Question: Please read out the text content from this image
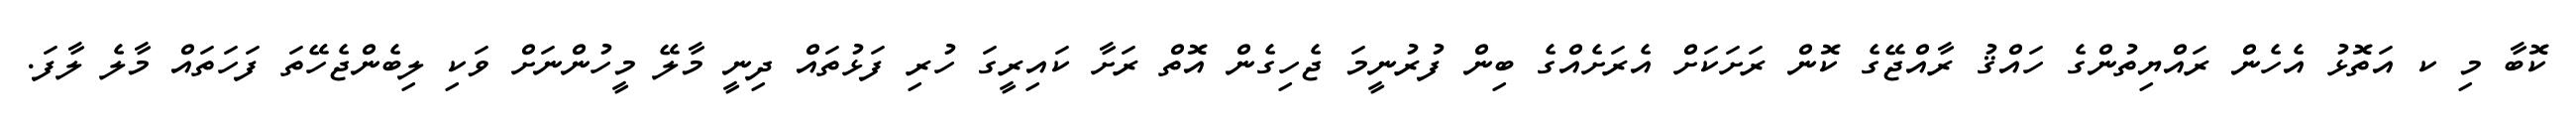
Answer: ކޮބާ މި ކ އަތޮޅު އެހެން ރައްޔިތުންގެ ހައްޤު ރާއްޖޭގެ ކޮން ރަށަކަށް އެރަށެއްގެ ބިން ފުރުނީމަ ޖެހިގެން އޮތް ރަށާ ކައިރީގަ ހުރި ފަޅުތައް ދިނީ މާލޭ މީހުންނަށް ވަކި ލިބެންޖެހޭތަ ފަހަތައް މާލެ ލާފަ.